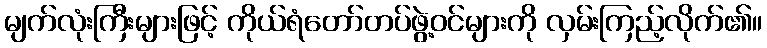
မျက်လုံးကြီးများဖြင့် ကိုယ်ရံတော်တပ်ဖွဲ့ဝင်များကို လှမ်းကြည့်လိုက်၏။